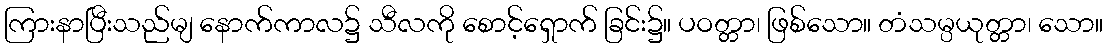
ကြားနာပြီးသည်မျ နောက်ကာလ၌ သီလကို စောင့်ရှောက် ခြင်း၌။ ပဝတ္တာ၊ ဖြစ်သော။ တံသမ္ပယုတ္တာ၊ သော။